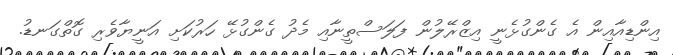
އިންޑިއާއިން އެ ގެންގުޅެނީ އިޒްރޭލުން ފަލަސްތީނާއި މެދު ގެންގުޅޭ ހަރުކަށި އަނީޔާވެރި ގޮތްގަނޑު.